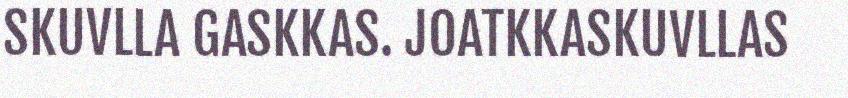
SKUVLLA GASKKAS. JOATKKASKUVLLAS